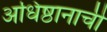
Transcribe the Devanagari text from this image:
अधिष्ठानाची